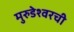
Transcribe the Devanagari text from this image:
मुरुडेश्वरची